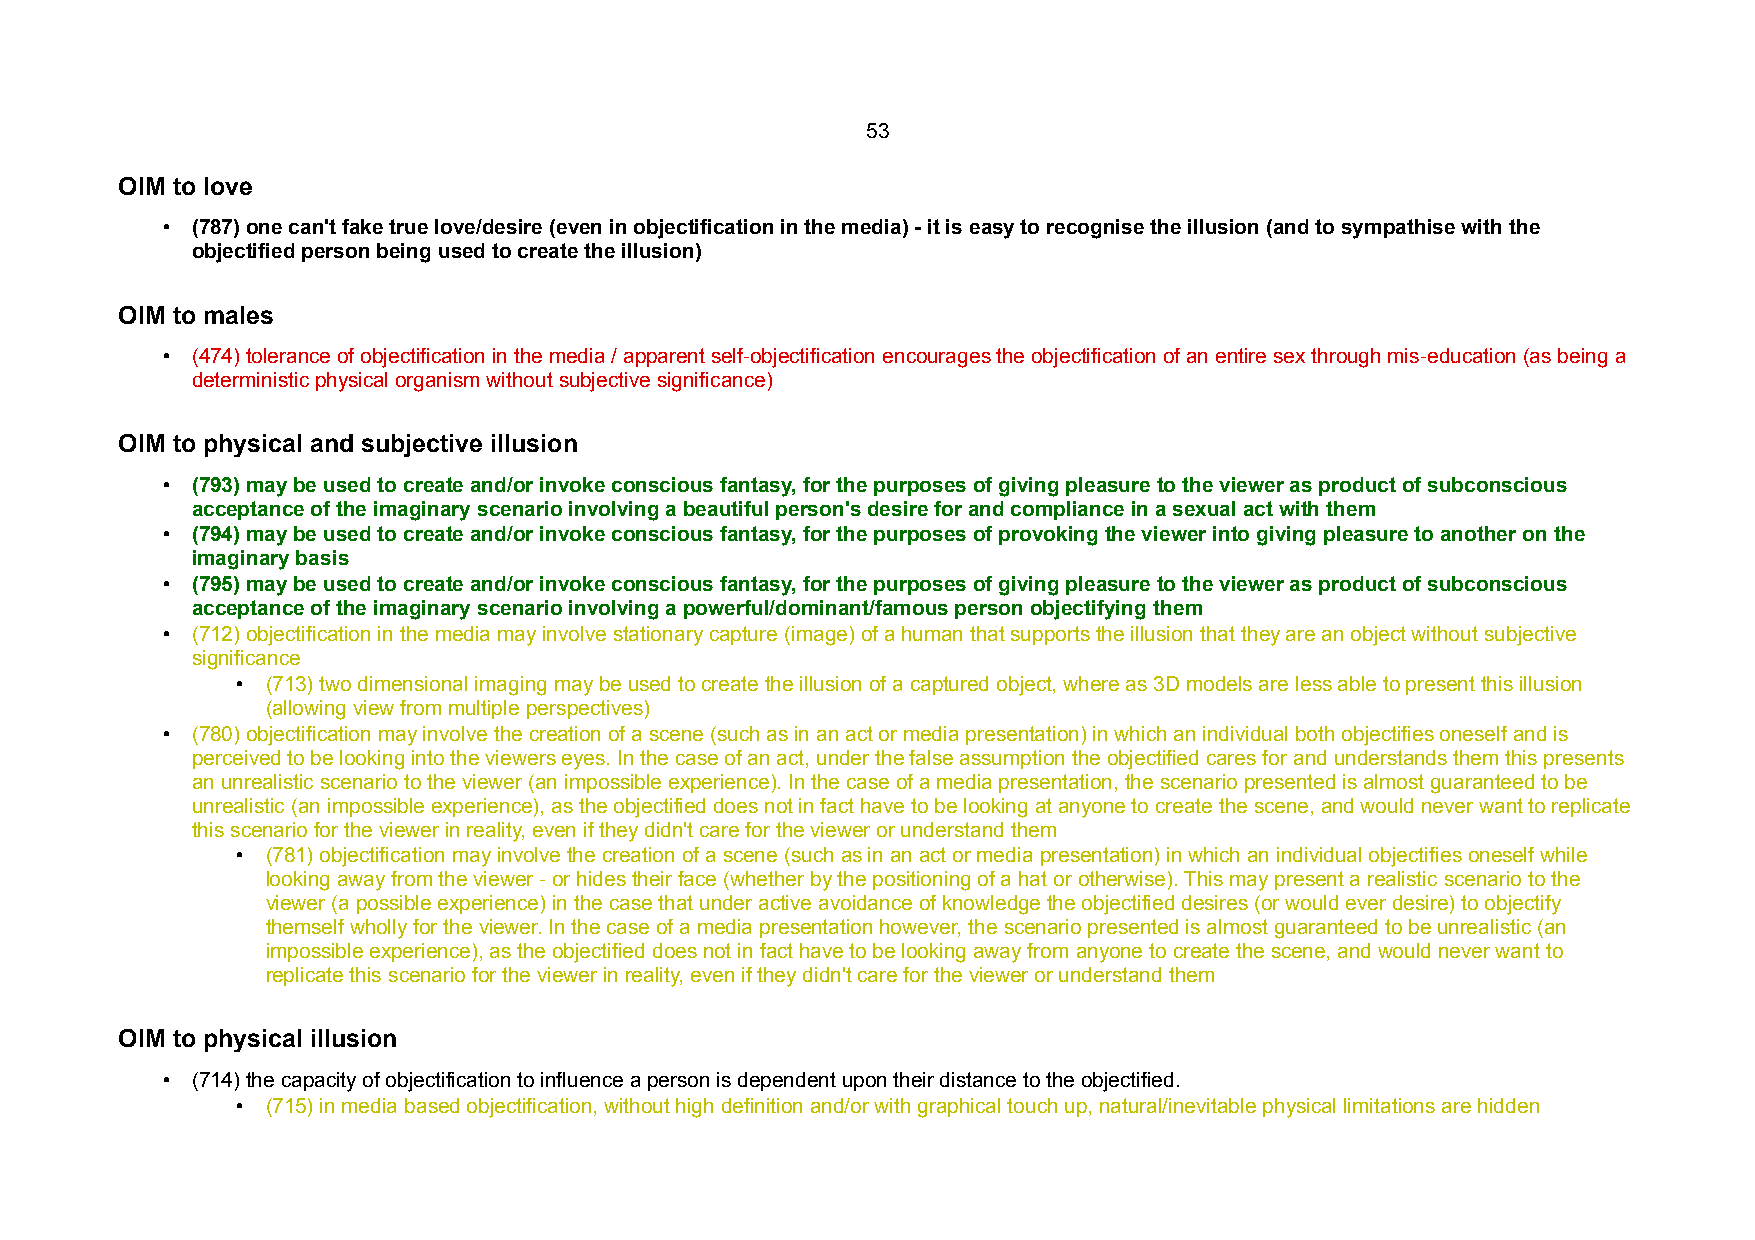
53
 OIM to love
 • (787) one can't fake true love/desire (even in objectification in the media) - it is easy to recognise the illusion (and to sympathise with the
 objectified person being used to create the illusion)
 OIM to males
 • (474) tolerance of objectification in the media / apparent self-objectification encourages the objectification of an entire sex through mis-education (as being a
 deterministic physical organism without subjective significance)
 OIM to physical and subjective illusion
 • (793) may be used to create and/or invoke conscious fantasy, for the purposes of giving pleasure to the viewer as product of subconscious
 acceptance of the imaginary scenario involving a beautiful person's desire for and compliance in a sexual act with them
 • (794) may be used to create and/or invoke conscious fantasy, for the purposes of provoking the viewer into giving pleasure to another on the
 imaginary basis
 • (795) may be used to create and/or invoke conscious fantasy, for the purposes of giving pleasure to the viewer as product of subconscious
 acceptance of the imaginary scenario involving a powerful/dominant/famous person objectifying them
 • (712) objectification in the media may involve stationary capture (image) of a human that supports the illusion that they are an object without subjective
 significance
 • (713) two dimensional imaging may be used to create the illusion of a captured object, where as 3D models are less able to present this illusion
 (allowing view from multiple perspectives)
 • (780) objectification may involve the creation of a scene (such as in an act or media presentation) in which an individual both objectifies oneself and is
 perceived to be looking into the viewers eyes. In the case of an act, under the false assumption the objectified cares for and understands them this presents
 an unrealistic scenario to the viewer (an impossible experience). In the case of a media presentation, the scenario presented is almost guaranteed to be
 unrealistic (an impossible experience), as the objectified does not in fact have to be looking at anyone to create the scene, and would never want to replicate
 this scenario for the viewer in reality, even if they didn't care for the viewer or understand them
 • (781) objectification may involve the creation of a scene (such as in an act or media presentation) in which an individual objectifies oneself while
 looking away from the viewer - or hides their face (whether by the positioning of a hat or otherwise). This may present a realistic scenario to the
 viewer (a possible experience) in the case that under active avoidance of knowledge the objectified desires (or would ever desire) to objectify
 themself wholly for the viewer. In the case of a media presentation however, the scenario presented is almost guaranteed to be unrealistic (an
 impossible experience), as the objectified does not in fact have to be looking away from anyone to create the scene, and would never want to
 replicate this scenario for the viewer in reality, even if they didn't care for the viewer or understand them
 OIM to physical illusion
 • (714) the capacity of objectification to influence a person is dependent upon their distance to the objectified.
 • (715) in media based objectification, without high definition and/or with graphical touch up, natural/inevitable physical limitations are hidden